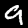
Label: 9